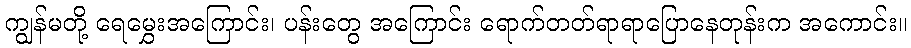
ကျွန်မတို့ ရေမွှေးအကြောင်း၊ ပန်းတွေ အကြောင်း ရောက်တတ်ရာရာပြောနေတုန်းက အကောင်း။